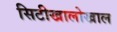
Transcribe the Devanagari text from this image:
सिटीखालोखाल